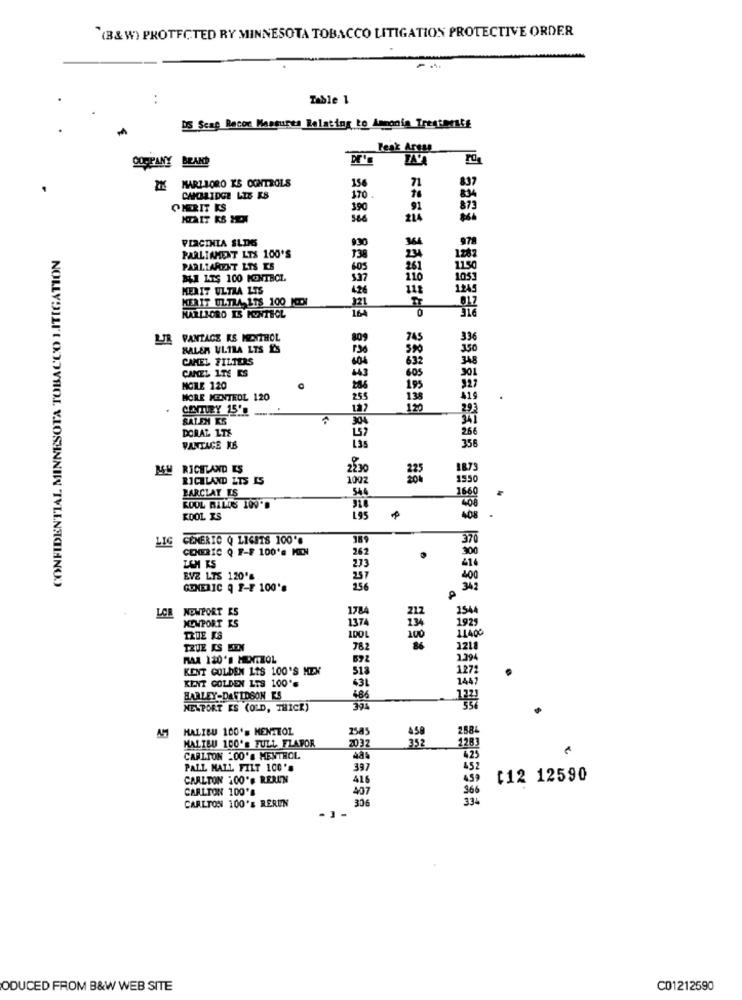
(B&W) PROTECTED RY MINNESOTA TOBACCO LITIGATION PROTECTIVE ORDER
Table 1
DS Scap Becor Measures Relating to Ammonia Trenteeste
Peak Area
OUSPANY BLAND
IK MARLBORO KS CONTROLS
156
71
CHOBRIDGE LIS KS
170.
OHERIT KS
390
91
214
PERCINTA SLDE
930
978
CONFIDENTIAL MINNESOTA TOBACCO LITIGATION
364
PARLIAMENT LTS 100'S
138
PARLIAMENT LTS ES
605
261
115
MI LTS 100 KONTROL
3.37
110
MEXIT ULTRA LTS
426
118
124
KERIT ULTLA LTS 100
MARLBORO IS KYNTHOL
121
VANTAGE KS MENTHOL
BALER ULTRA LTS &S
CAMEL FILTERS
604
CAMEL LTE ES
NOLE 120
286
HORE MEINTEOL 120
255
CENTURY 15'
---
122
120
304
DORAL LTS
VANTAGE NE
135
RICHLAND ES
2230
1873
RICHLAND LTS IS
002
1950
BARCLAY ES
544
KOOL BILDS 109'D
KOOL IS
195
LIG
GENERIC Q 116818 100%
38
CEMERIC Q F-F 100's MEN
262
273
LAN KS
EVE LTS 120'S
GENERIC Q F-F 100%
256
LON
212
1544
NEWPORT ES
NEWPORT ES
1374
1929
11400
TRUE KS
100
100
TRUE KS BYN
782
PAZ 120'S MENTHOL
1.394
KENT GOLDEN LIS 100'S MEX
518
127
KENT GOLDEN LTS 100'S
14
43L
HARLEY-DAVIDSON ES
686
NEWPORT ES (OLD, THICK)
AM
MALIBU 100'= MENTTOL
258
258
HALIEU 100's FULL FLAPOR
2032
352
1283
CARLTON 200'S MENTHOL
48%
423
PALL MALL FILT 100'S
397
452
CARLTON 100's RERUN
416
459
[12 12590
CARLTON 100'
407
36
306
334
CARLTON 100's RERUN
ODUCED FROM B&W WEB SITE
C01212590